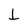
Character: L